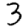
Digit: 3